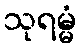
သုရမ္မံ